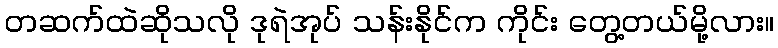
တဆက်ထဲဆိုသလို ဒုရဲအုပ် သန်းနိုင်က ကိုင်း တွေ့တယ်မို့လား။